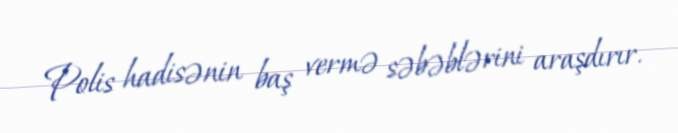
Polis hadisənin baş vermə səbəblərini araşdırır.